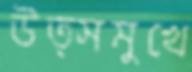
উত্সমুখে